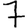
Digit: 7